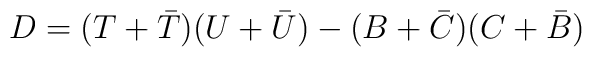
D=(T+\bar{T})(U+\bar{U})-(B+\bar{C})(C+\bar{B})